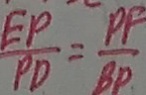
\frac { E P } { P D } = \frac { P F } { B P }